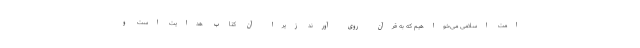
امت اسلامی می‌خواهیم که به قرآن روی آورند زیرا آن کتاب هدایت است و